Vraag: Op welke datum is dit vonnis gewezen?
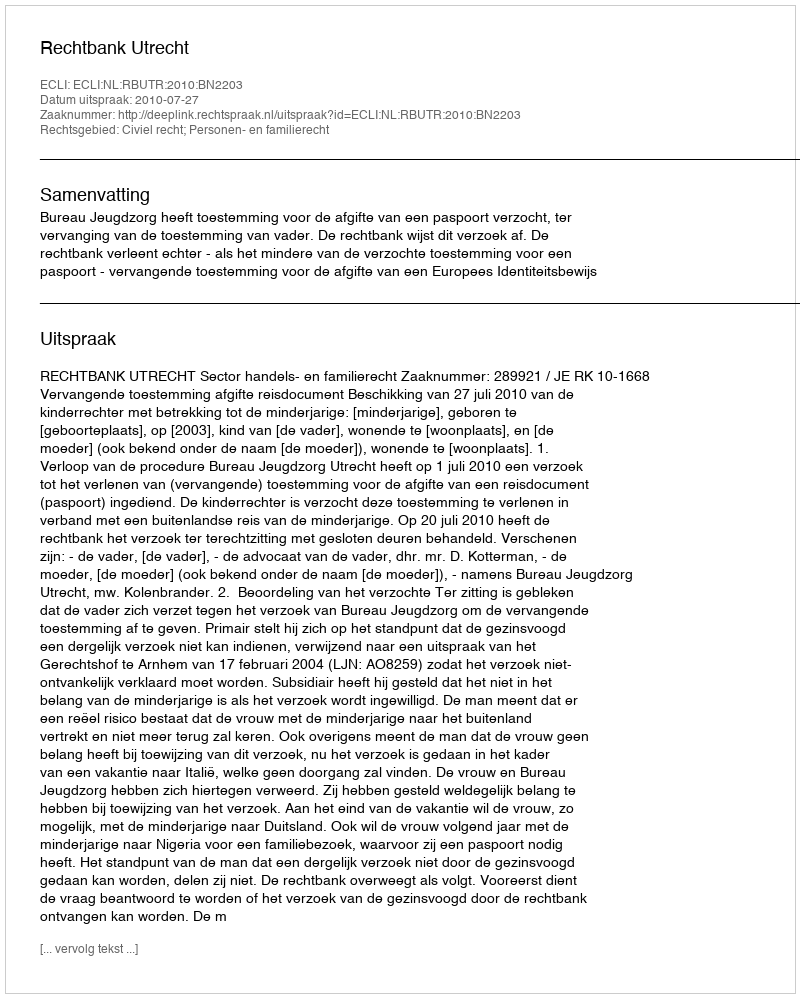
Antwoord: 2010-07-27